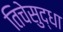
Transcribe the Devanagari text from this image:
तिचेसुद्धा